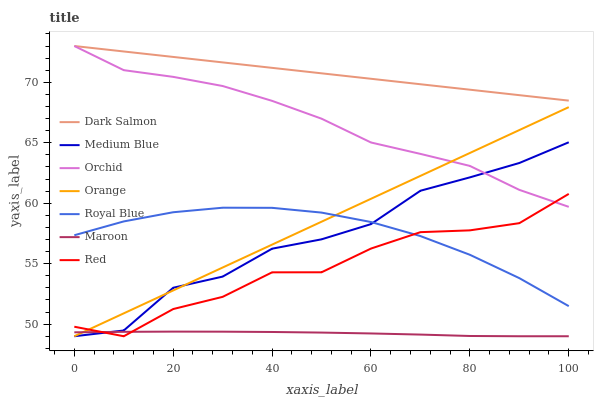
| xaxis_label | Dark Salmon | Medium Blue | Orchid | Orange | Royal Blue | Maroon | Red |
 | --- | --- | --- | --- | --- | --- | --- | --- |
 | 0 | 73 | 49 | 73 | 49 | 57.4 | 49.3 | 49.8 |
 | 10 | 72.5 | 49.5 | 71 | 50.9 | 58.5 | 49.4 | 49 |
 | 20 | 72.1 | 53 | 70.4 | 52.8 | 59.3 | 49.4 | 51.3 |
 | 30 | 71.6 | 53.9 | 69.7 | 54.7 | 59.6 | 49.4 | 52.3 |
 | 40 | 71.2 | 56.2 | 68.5 | 56.6 | 59.6 | 49.4 | 54.3 |
 | 50 | 70.7 | 57 | 67 | 58.5 | 59.2 | 49.3 | 54.3 |
 | 60 | 70.3 | 58.3 | 65 | 60.4 | 58.4 | 49.2 | 56.3 |
 | 70 | 69.8 | 61 | 64.1 | 62.3 | 57.3 | 49.1 | 57.6 |
 | 80 | 69.4 | 62.1 | 63.1 | 64.2 | 55.7 | 49 | 57.8 |
 | 90 | 68.9 | 63.3 | 61.1 | 66.1 | 53.8 | 49 | 58.4 |
 | 100 | 68.5 | 65 | 59.7 | 67.9 | 51.5 | 49 | 60.8 |